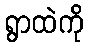
ရွာထဲကို